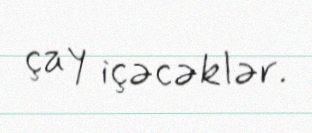
çay içəcəklər.